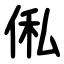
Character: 俬